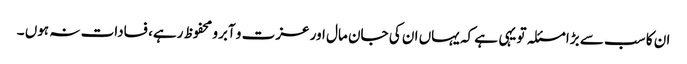
ان کا سب سے بڑا مسئلہ تو یہی ہے کہ یہاں ان کی جان مال اور عزت و آبرو محفوظ رہے، فسادات نہ ہوں ۔